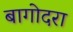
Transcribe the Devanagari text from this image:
बागोदरा